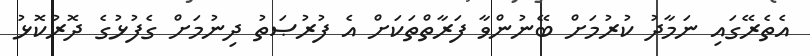
އެތެރޭގައި ނަމާދު ކުރުމަށް ބޭނުންވާ ފަރާތްތަކަށް އެ ފުރުޞަތު ދިނުމަށް ގެފުޅުގެ ދޮރުކޮޅު